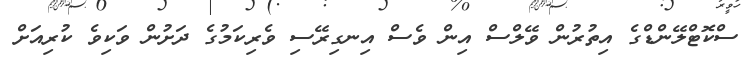
ސްކޮޓްލޭންޑްގެ އިތުރުން ވޭލްސް އިން ވެސް އިނގިރޭސި ވެރިކަމުގެ ދަށުން ވަކިވެ ކުރިއަށް